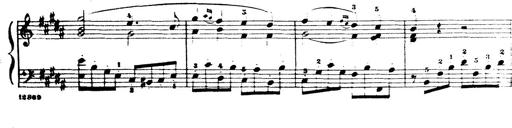
Title: Wagner-Liszt Album
Composer: Franz Liszt